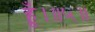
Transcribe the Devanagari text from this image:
हूँ।॥५॥